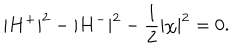
| H ^ { + } | ^ { 2 } - | H ^ { - } | ^ { 2 } - \frac { 1 } { 2 } | \chi | ^ { 2 } = 0 .